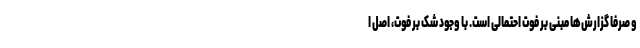
و صرفا گزارش‌ها مبنی بر فوت احتمالی است. با وجود شک بر فوت، اصل ا